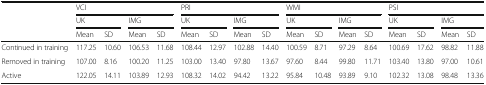
| <ROWSPAN=3>  | <COLSPAN=4> VCI | <COLSPAN=4> PRI | <COLSPAN=4> WMI | <COLSPAN=4> PSI |
 | <COLSPAN=2> UK | <COLSPAN=2> IMG | <COLSPAN=2> UK | <COLSPAN=2> IMG | <COLSPAN=2> UK | <COLSPAN=2> IMG | <COLSPAN=2> UK | <COLSPAN=2> IMG |
 | Mean | SD | Mean | SD | Mean | SD | Mean | SD | Mean | SD | Mean | SD | Mean | SD | Mean | SD |
 | --- | --- | --- | --- | --- | --- | --- | --- | --- | --- | --- | --- | --- | --- | --- | --- | --- |
 | Continued in training | 117.25 | 10.60 | 106.53 | 11.68 | 108.44 | 12.97 | 102.88 | 14.40 | 100.59 | 8.71 | 97.29 | 8.64 | 100.69 | 17.62 | 98.82 | 11.88 |
 | Removed in training | 107.00 | 8.16 | 100.20 | 11.25 | 103.00 | 13.40 | 97.80 | 13.67 | 97.60 | 8.44 | 99.80 | 11.71 | 103.40 | 13.80 | 97.00 | 10.61 |
 | Active | 122.05 | 14.11 | 103.89 | 12.93 | 108.32 | 14.02 | 94.42 | 13.22 | 95.84 | 10.48 | 93.89 | 9.10 | 102.32 | 13.08 | 98.48 | 13.36 |